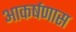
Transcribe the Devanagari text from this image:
आकर्षणास